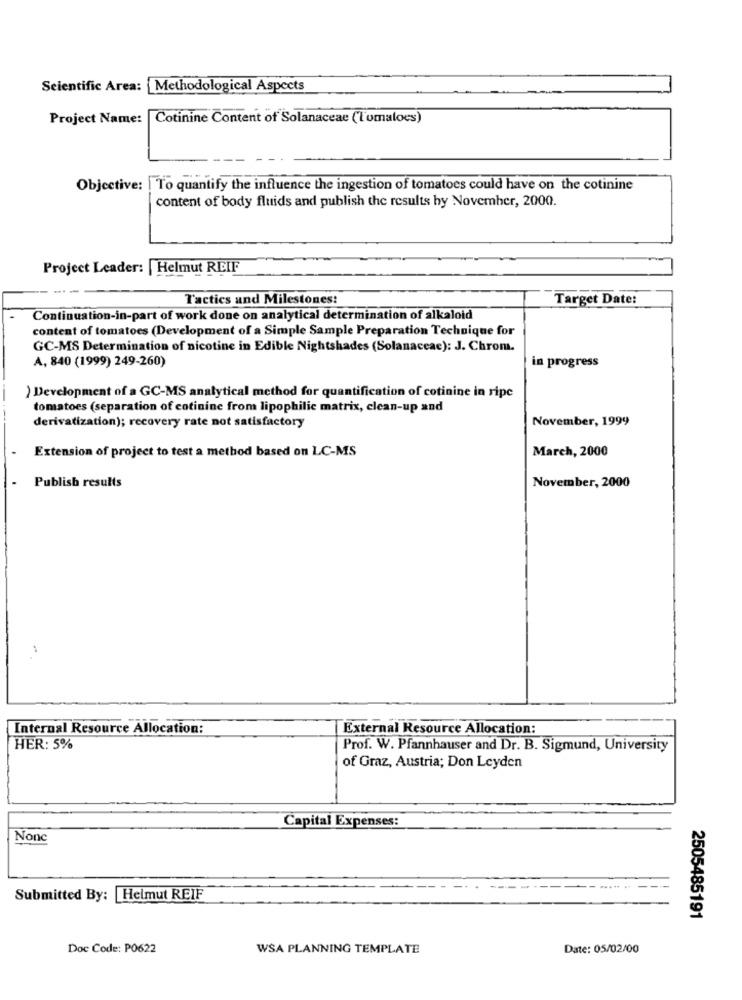
Scientific Area: Methodological Aspects
Project Name:
Cotinine Content of Solanaceae (Tomaloes)
Objective: | To quantify the influence the ingestion of tomatoes could have on the cotinine
content of body fluids and publish the results hy November, 2000.
Project Leader: | Helmut REIF
Tactics and Milestones:
Target Date:
Continuation-in-part of work done on analytical determination of alkaloid
content of tomatoes (Development of a Simple Sample Preparation Technique for
GC-MS Determination of nicotine in Edible Nightshades (Solanaceae): J. Chrom.
A, 840 (1999) 249-260)
in progress
) Development of a GC-MS analytical method for quantification of cotinine in ripe
tomatoes (separation of cotinine from lipophilic matrix, clean-up and
November, 1999
derivatization); recovery rate not satisfactory
Extension of project to test a method based on LC-MS
March, 2000
November, 2000
Publish results
Internal Resource Allocation:
External Resource Allocation:
HER: 5%
Prof. W. Pfannhauser and Dr. B. Sigmund, University
of Graz, Austria; Don Leyden
Capital Expenses:
Nonc
Submitted By: Helmut REIF
2505485191
Doc Code: P0622
WSA PLANNING TEMPLATE
Date: 05/02/00